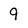
Character: 9